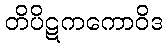
တိပိဋကကောဝိဒ